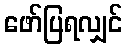
ဖော်ပြရလျှင်